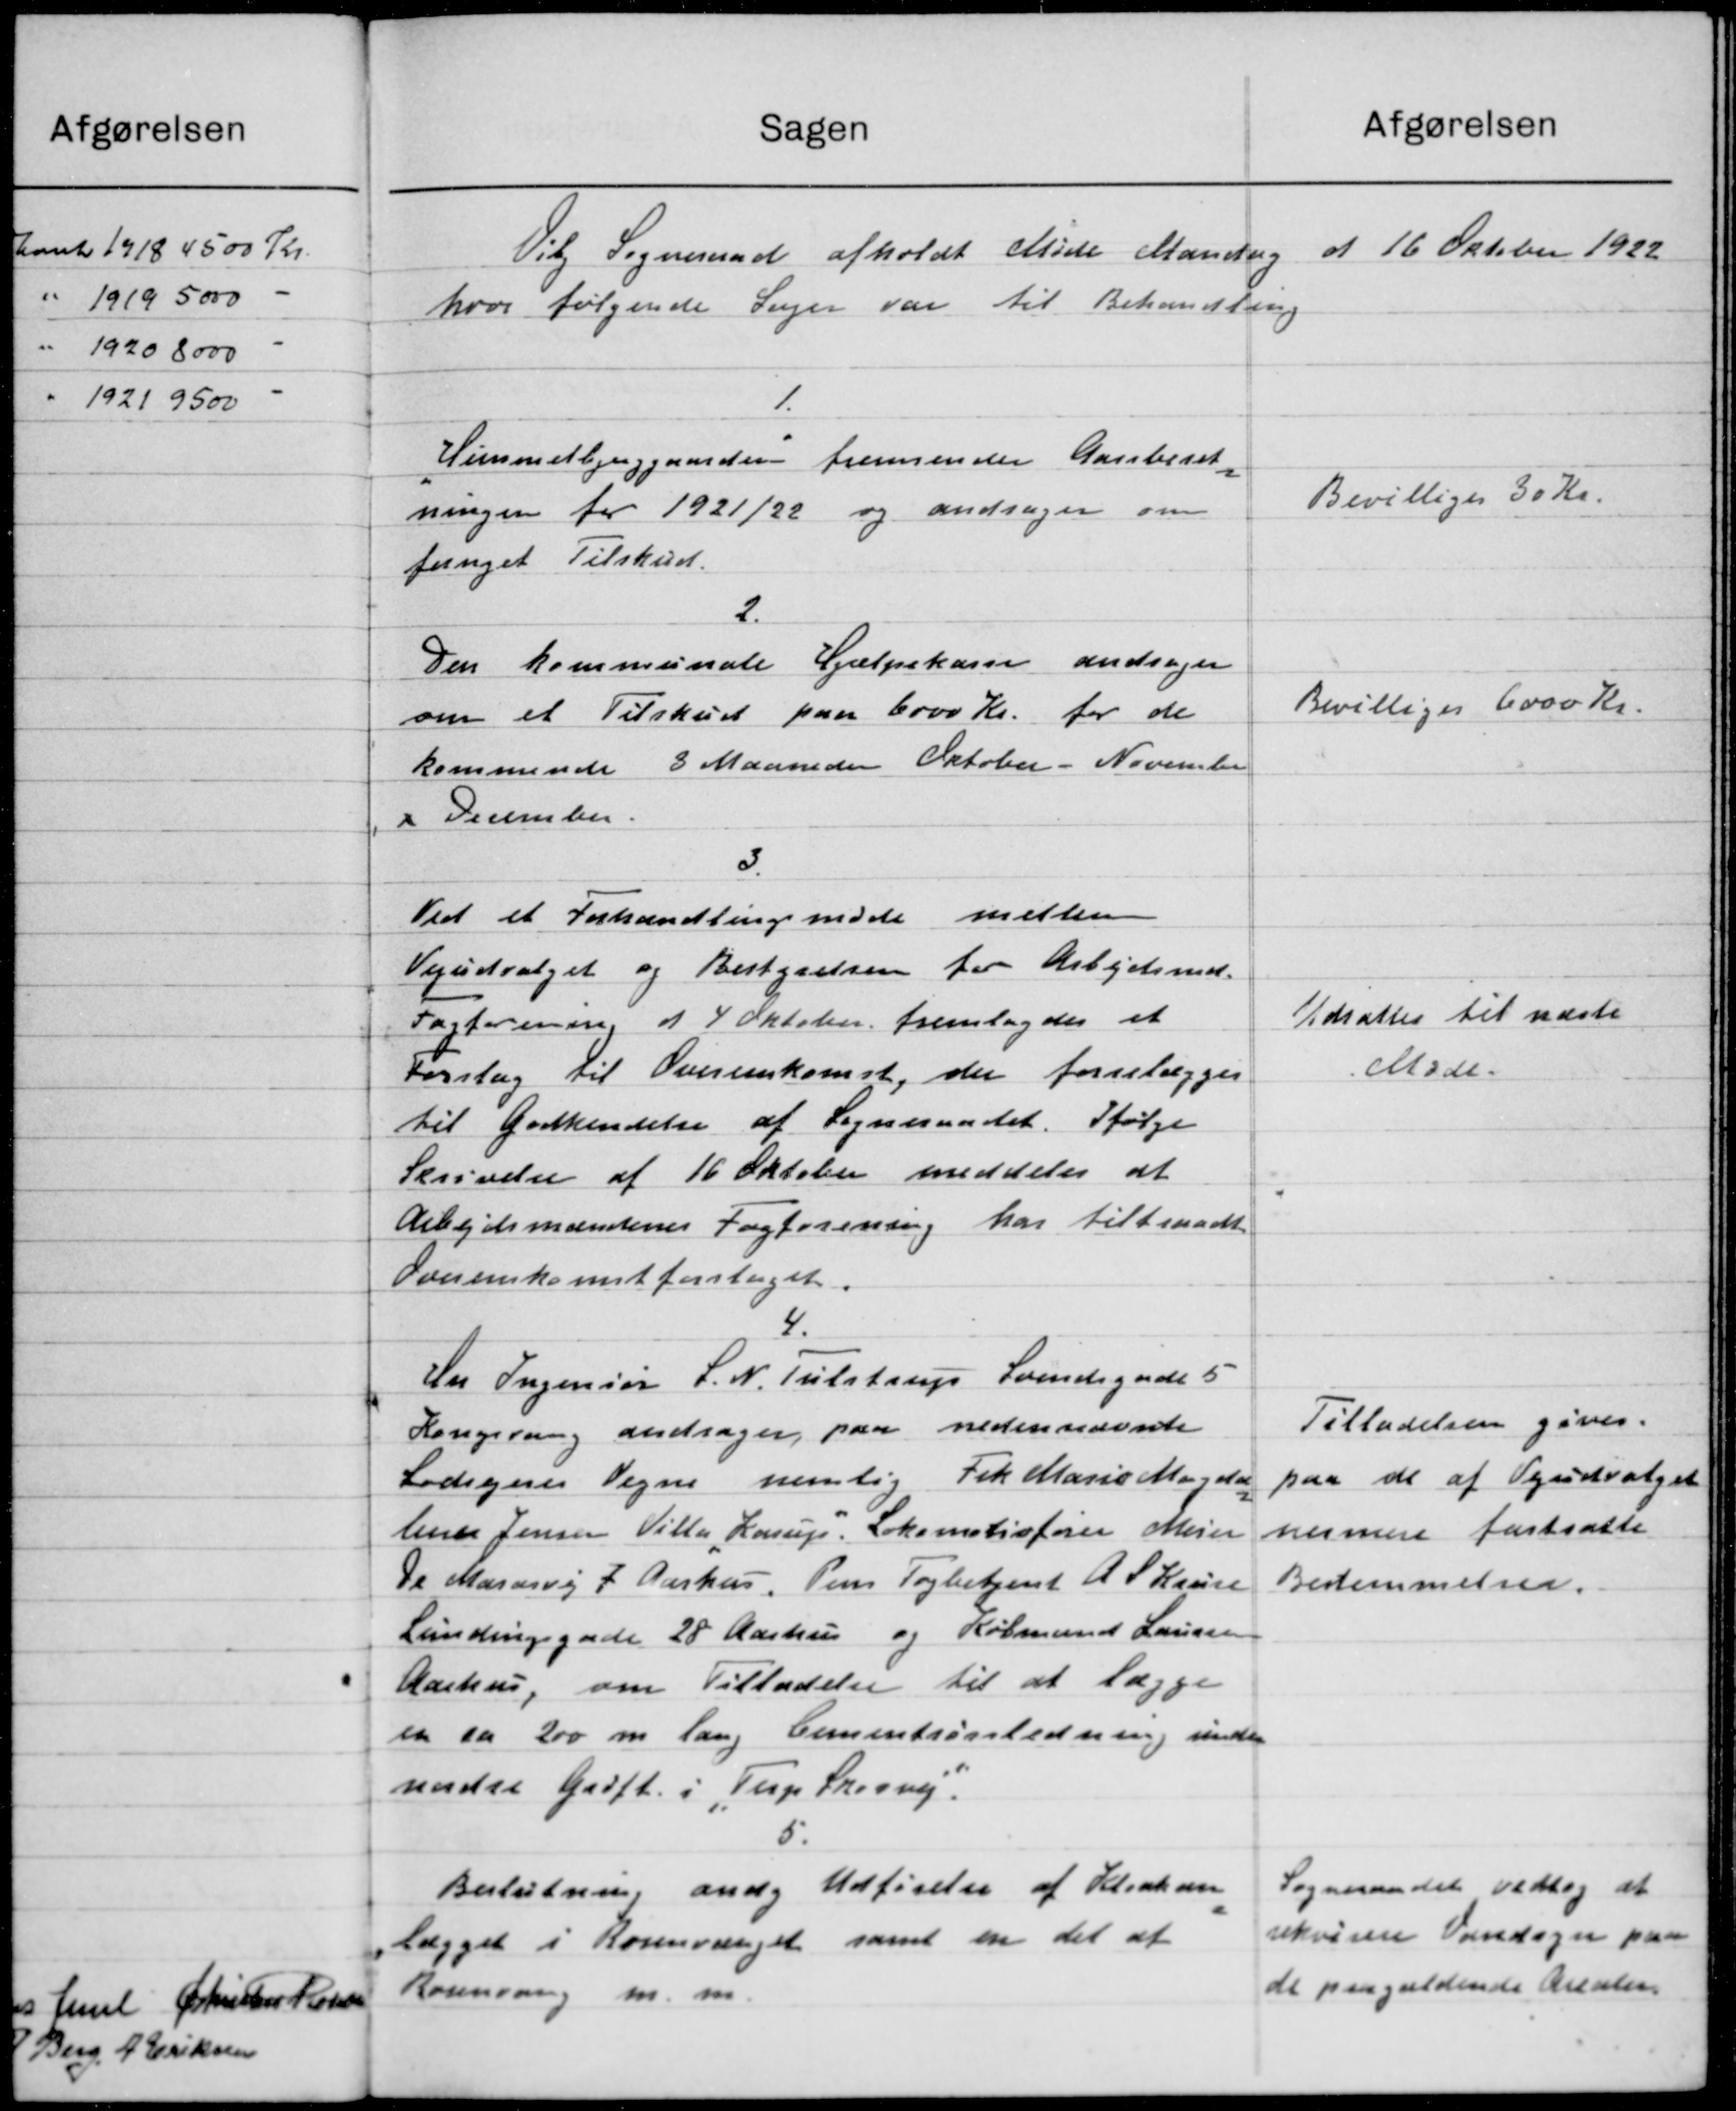
Transskription:
Afgørelsen
Sagen
Valgt blev
Frabeder Frd Sørens, Supleant
6.
Fabriksnet P. Berg.
"
Cirkulære af 13 September 1922 andgaaende
Overlærer K Andreasen
Søn. Lærer 08 erholdt.
Valg af Medlemmer til Værgeraadet, der
Maskinarb Niels Mikkelsen
Sng Murmeste N. K. Nielsen
vælges 5 Medlemme - samt 5 Suppleanter
Maler Jens Chr. Jensen.
Sun Snedker H. Juil
7.
Forpagter Carl Jacobsen
Sup Brændstilen at Sk. Jensen,
Justitsministeriet meddeler at kunde
tiltræde den af Bygningskommisionen
forreslaaede Dispensation med Hensyn
toges til Efterretning
til Sans Husene nemlig at Gulvene
i Kælderrummene omlægges, og at der
anbringes Trænledninger i fornøden
Udstrækning, samt at Tagene forsynes
med Brandsbeklædning og Taggap, lige
som Pudsen paa Husene Ydervægge rejste
nus.
8.
De Hr Oluf Nielsen, M. Nielsen og J. P.
Mikkelsen andrager paa Vig-Aarhus
Tillades.
Ovenskurselskabs Vegne om at Tilladelse
til at køre med Rutebil paa Kom
munens Veje fra Holme Skel til Viby Terp
og Kongsvang
9
Udskrift af Aarhus Amtsraads Forhandlings
protokol i Mødet d 10 Oktober 1922.
Maskinarbejder Jens Lund klager over
Paaligning af Formue og Leilighedsskat
for 1922/23 (Amtsraadet fandt ingen Grund til Nedsættelse)
Husassistent Else Bestelsen klager over
Paaligning af Formue og Leilighedsskat
for 1922/23 i Amtsraadet fandt ingen Grund til Nedsættelse)
10.
Sogneraadet vedtog at
Aarhus Stiftamt fremsender Sagen andr
svare at man intet har
et Benzintankanlæg i Landsvejen udfor
Mekaniker M. Mathiasen Ejendsen Lande derimod at kunder, dog